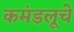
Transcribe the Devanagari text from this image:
कमंडलूचे